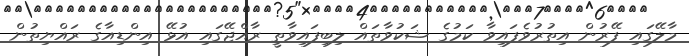
މާލޭގައި ފޭރުން އިތުރުވެފައިވާ ކަމުގެ ޝަކުވާތައް ލިބިފައިވާތީ ރާއްޖޭގައި އުޅޭ އިންޑިއާގެ ރައްޔިތުން